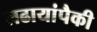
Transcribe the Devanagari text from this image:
लढायांपैकी